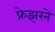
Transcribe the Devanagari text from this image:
फ्रेझरने